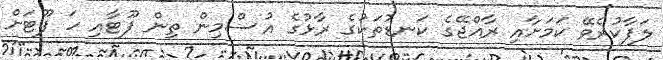
ލަފާކުރެވޭ ކަމަށާއި ރާއްޖޭގެ ކަނޑުތަކުގެ ރާޅުގެ އުސްމިން ތިން ފޫޓާއި ހަ ފޫޓަށް